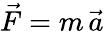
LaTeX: {\vec{F}}=m\, {\vec{a}}